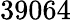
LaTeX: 39064